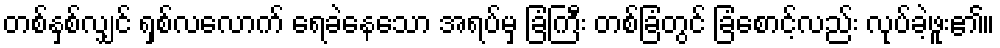
တစ်နှစ်လျှင် ရှစ်လလောက် ရေခဲနေသော အရပ်မှ ခြံကြီး တစ်ခြံတွင် ခြံစောင့်လည်း လုပ်ခဲ့ဖူး၏။